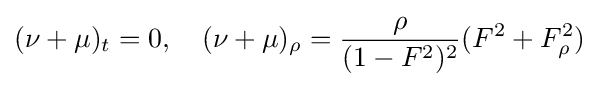
(\nu +\mu )_{t}=0,\quad (\nu +\mu )_{\rho }={\frac {\rho }{(1-F^{2})^{2}}}(F^{2}+F_{\rho }^{2})